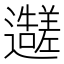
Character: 𬩭